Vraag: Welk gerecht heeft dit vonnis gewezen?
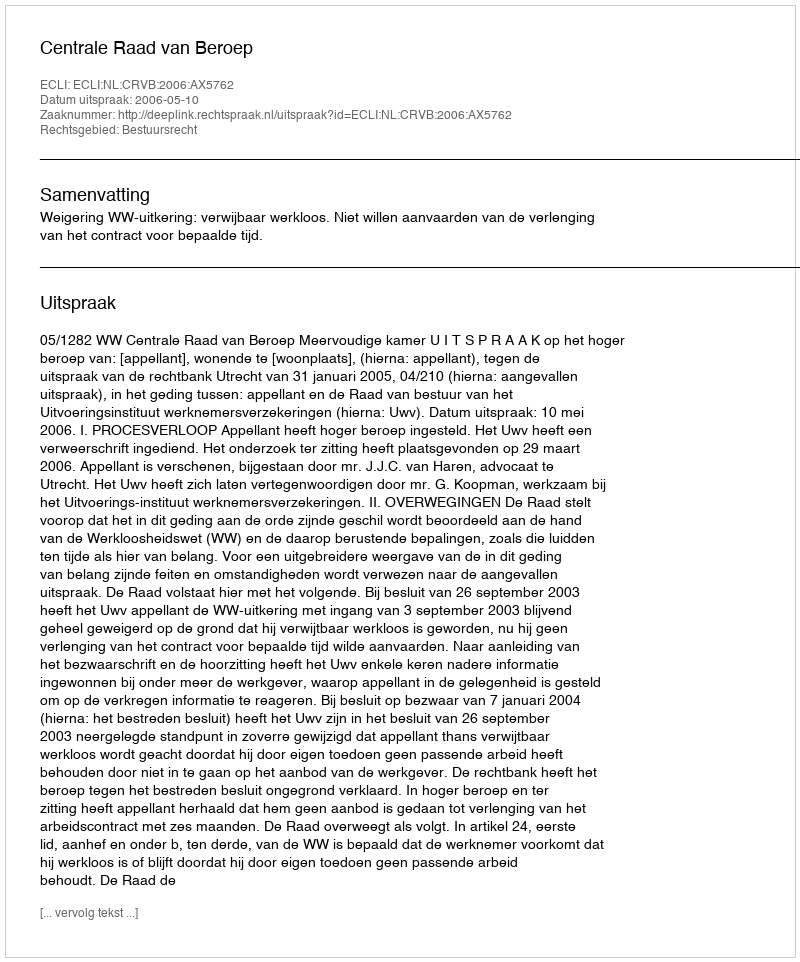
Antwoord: Centrale Raad van Beroep